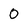
Character: O